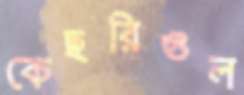
কেছরিগুল